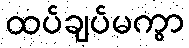
ထပ်ချပ်မကွာ